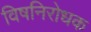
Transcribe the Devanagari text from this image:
विषनिरोधक